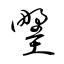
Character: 墅